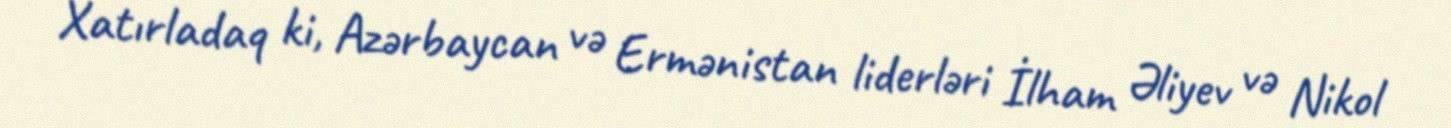
Xatırladaq ki, Azərbaycan və Ermənistan liderləri İlham Əliyev və Nikol